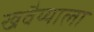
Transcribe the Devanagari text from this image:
खवैय्याला